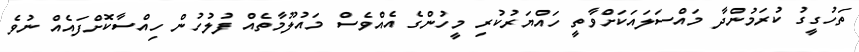
ތަހުގީގު ކުރަމުންދާ މައްސަލައަކަށްވާތީ ހައްޔަރުކުރި މީހުންގެ އެއްވެސް މައުލޫމާތެއް ފުލުހުން ހިއްސާކޮށްފައެއް ނުވެ